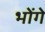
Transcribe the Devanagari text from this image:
भोंगे